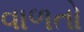
વાળતો